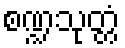
စဏ္ဍသုတ္တံ